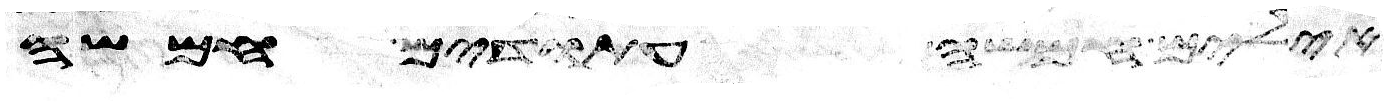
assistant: אילים חמשה עתודים חמשה